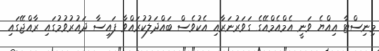
މިނިސްޓާ އިއްޔެ ވަނީ އެމްއެމްއޭގެ ގަވަރުނަރާއި އެކުވެސް ބައްދަލުކުރައްވާ ފައިސާ ދައުރުވުމުގައި ރާއްޖޭގައި